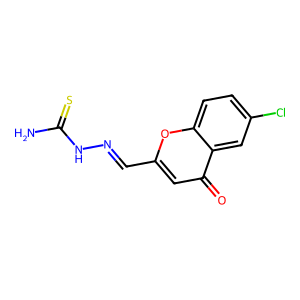
SMILES: NC(=S)NN=Cc1cc(=O)c2cc(Cl)ccc2o1
Inhibits HIV replication: No